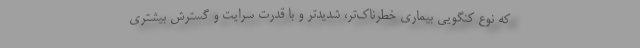
که نوع کنگویی بیماری خطرناک‌تر، شدیدتر و با قدرت سرایت و گسترش بیشتری